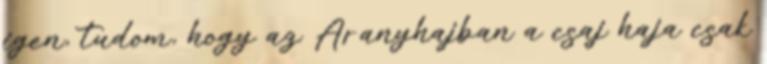
igen, tudom, hogy az Aranyhajban a csaj haja csak